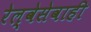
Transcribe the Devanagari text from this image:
रेल्वेसेवाही